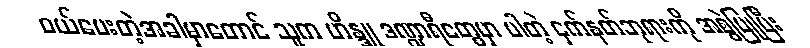
ဝယ်ပေးတဲ့အခါမှာတောင် သူက ဟိန္ဒူ ဒဏ္ဍာရီတွေမှာ ပါတဲ့ ငှက်နတ်ဘုရားကို အစွဲပြုပြီး